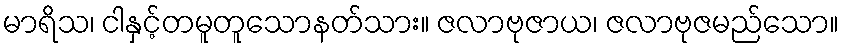
မာရိသ၊ ငါနှင့်တမူတူသောနတ်သား။ ဇလာဗုဇာယ၊ ဇလာဗုဇမည်သော။